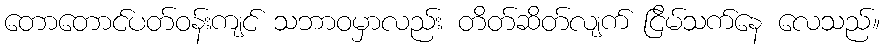
တောတောင်ပတ်ဝန်းကျင် သဘာဝမှာလည်း တိတ်ဆိတ်လျက် ငြိမ်သက်နေ လေသည်။